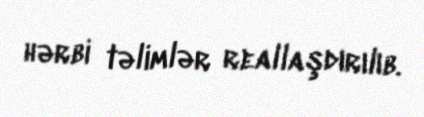
hərbi təlimlər reallaşdırılıb.